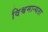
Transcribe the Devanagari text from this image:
विश्वमान्यता